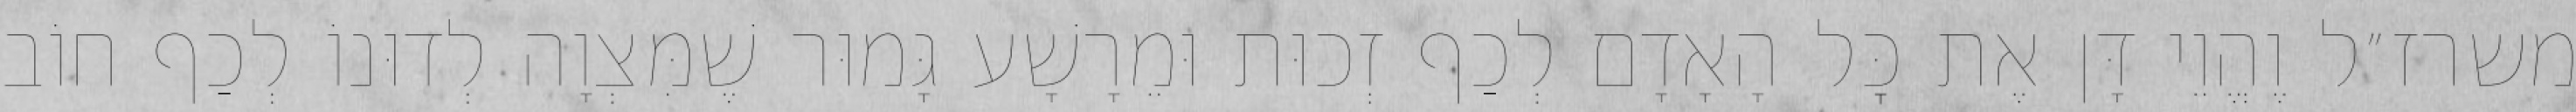
משרז״ל וֶהֱוֵי דָּן אֶת כׇּל הָאָדָם לְכַף זְכוּת וּמֵרָשָׁע גָּמוּר שֶׁמִּצְוָה לְדוּנוֹ לְכַף חוֹב